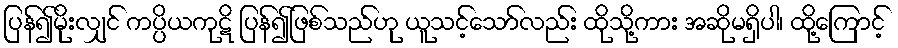
ပြန်၍မိုးလျှင် ကပ္ပိယကုဋိ ပြန်၍ဖြစ်သည်ဟု ယူသင့်သော်လည်း ထိုသို့ကား အဆိုမရှိပါ၊ ထို့ကြောင့်